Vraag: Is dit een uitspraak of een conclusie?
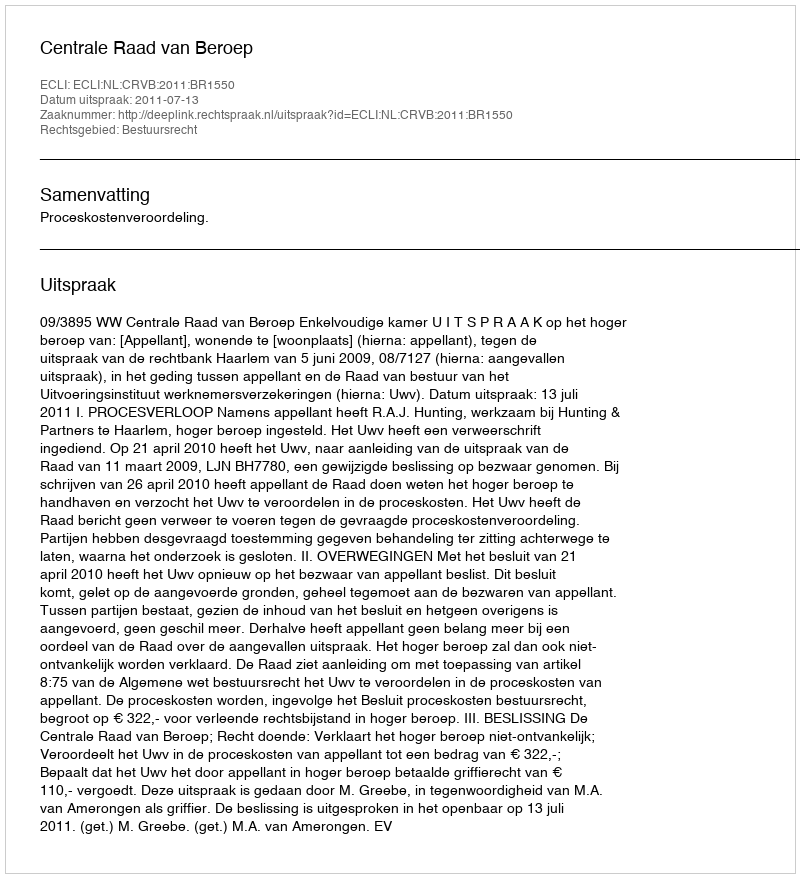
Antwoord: Uitspraak